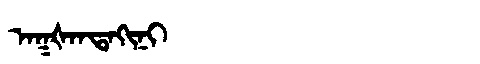
Manchu: ᠠᡴᡧᠠᠨᡨᠠᡴᡳᠨᡳ
Romanization: AKŠANTAKINI